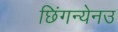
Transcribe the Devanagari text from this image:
छिंगन्येनउ